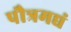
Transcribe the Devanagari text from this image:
पौत्रमद्यं